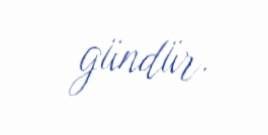
gündür.